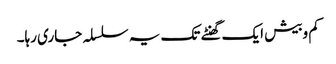
کم وبیش ایک گھنٹے تک یہ سلسلہ جاری رہا۔